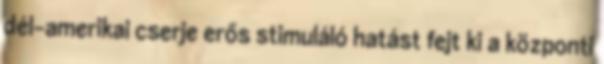
dél-amerikai cserje erős stimuláló hatást fejt ki a központi